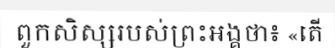
ពួកសិស្សរបស់ព្រះអង្គថា៖ «តើ